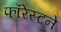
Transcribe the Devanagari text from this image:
फॉरेस्टने